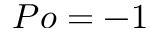
P o = - 1